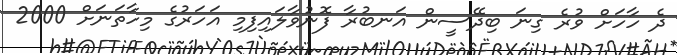
ދެ ހާހަށް ވުރެ ގިނަ ބިދޭސީން އަނބުރާ ފޮނުވާލައިފިމި އަހަރުގެ މިހާތަނަށް 2000